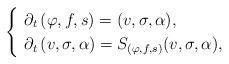
LaTeX: \begin{align*} \begin{cases} \ \partial_t \, (\varphi,f,s) = (v,\sigma,\alpha), \\ \ \partial_t \, (v,\sigma,\alpha) = S_{(\varphi,f,s)}(v,\sigma,\alpha), \end{cases}\end{align*}